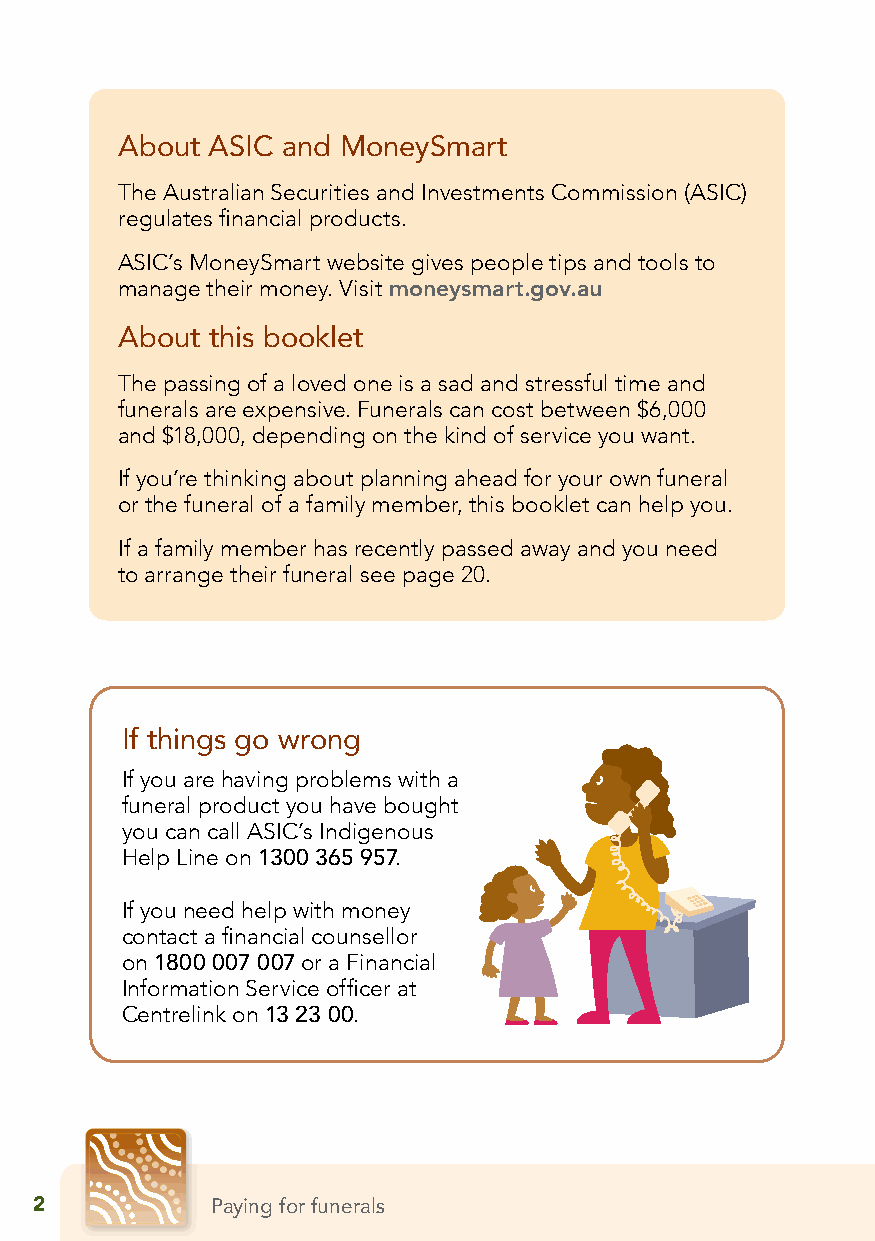
About ASIC and MoneySmart
 The Australian Securities and Investments Commission (ASIC)
 regulates financial products.
 ASIC’s MoneySmart website gives people tips and tools to
 manage their money. Visit moneysmart.gov.au
 About this booklet
 The passing of a loved one is a sad and stressful time and
 funerals are expensive. Funerals can cost between $6,000
 and $18,000, depending on the kind of service you want.
 If you’re thinking about planning ahead for your own funeral
 or the funeral of a family member, this booklet can help you.
 If a family member has recently passed away and you need
 to arrange their funeral see page 20.
 If things go wrong
 If you are having problems with a
 funeral product you have bought
 you can call ASIC’s Indigenous
 Help Line on 1300 365 957.
 If you need help with money
 contact a financial counsellor
 on 1800 007 007 or a Financial
 Information Service officer at
 Centrelink on 13 23 00.
 2           Paying for funerals